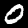
Digit: 0